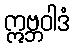
ဣဗ္ဘဝါဒံ